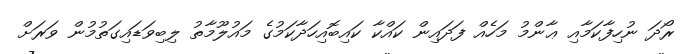
ރޯދަ ނުހިފާކަމާއި ޢާންމު މަހެއް ފަދައިން ކައްކާ ކައިބޮއިހަދާކަމުގެ މައުލޫމާތު ލިބިވަޑައިގަތުމުން ވަރަށް